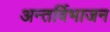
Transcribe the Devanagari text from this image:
अन्तर्विभाजन